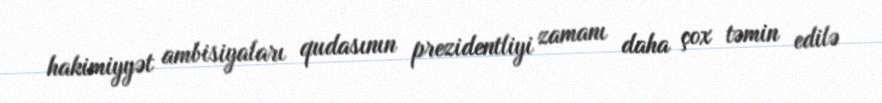
hakimiyyət ambisiyaları qudasının prezidentliyi zamanı daha çox təmin edilə